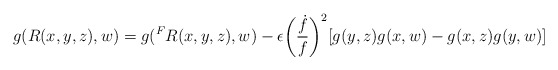
\begin{align*}g(R(x,y,z),w) = g({^F}R(x,y,z),w) - \epsilon \bigg(\frac{\dot{f}}{f}\bigg)^{2}[g(y,z)g(x,w) - g(x,z)g(y,w)]\end{align*}